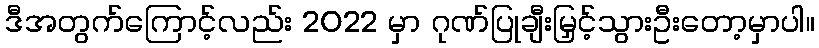
ဒီအတွက်ကြောင့်လည်း 2022 မှာ ဂုဏ်ပြုချီးမြှင့်သွားဦးတော့မှာပါ။